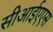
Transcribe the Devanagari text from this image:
सीआईएएस